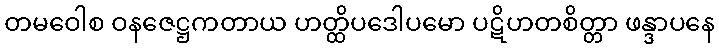
တမဝေါစ ဝနဇေဋ္ဌကတာယ ဟတ္ထိပဒေါပမော ပဋိဟတစိတ္တာ ဖန္ဒာပနေ